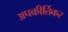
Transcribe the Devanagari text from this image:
अपकीर्तिकर